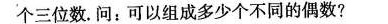
个三位数。问：可以组成多少个不同的偶数?